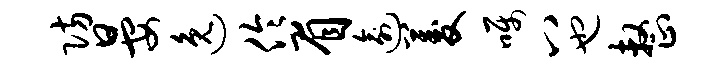
防晏逸伶眉逾菱嘱八也整